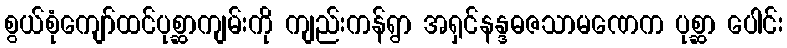
စွယ်စုံကျော်ထင်ပုစ္ဆာကျမ်းကို ကျည်းကန်ရွာ အရှင်နန္ဒဓဇသာမဏေက ပုစ္ဆာ ပေါင်း